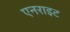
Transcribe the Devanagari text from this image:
एनराइट